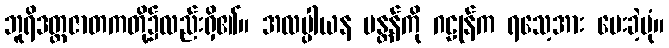
ဘူရိဒတ္တဇာတကတို့၌လည်းရှိ၏။ အလမ္ပါယန မန္တန်ကို ဂဠုန်က ရသေ့အား ပေးခဲ့ပုံ။